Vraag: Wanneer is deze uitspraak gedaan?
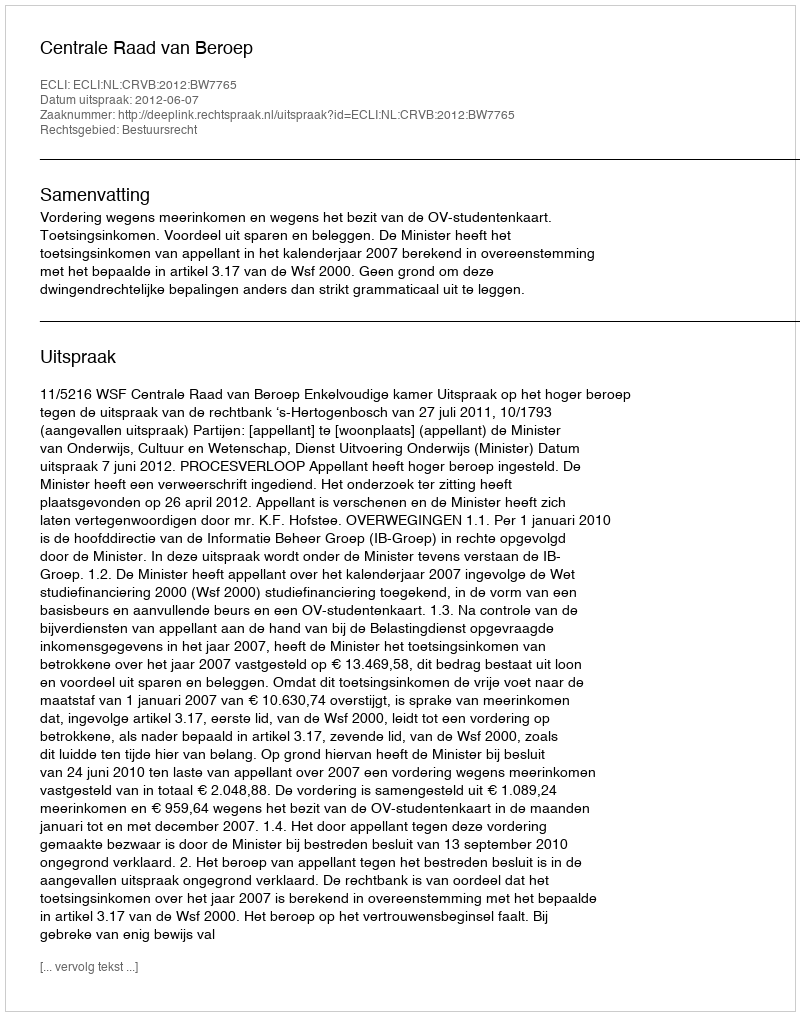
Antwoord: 2012-06-07